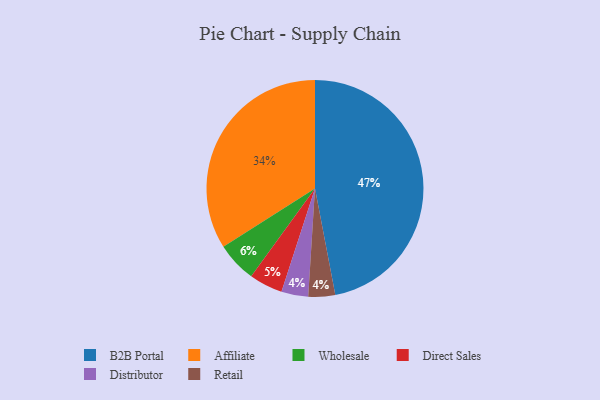
{"axis": {"x": "Category", "y": "Percentage"}, "legend": ["Affiliate", "B2B Portal", "Direct Sales", "Distributor", "Retail", "Wholesale"], "data": [{"x": "Wholesale", "y": 6, "type": "Wholesale"}, {"x": "Distributor", "y": 4, "type": "Distributor"}, {"x": "B2B Portal", "y": 47, "type": "B2B Portal"}, {"x": "Affiliate", "y": 34, "type": "Affiliate"}, {"x": "Direct Sales", "y": 5, "type": "Direct Sales"}, {"x": "Retail", "y": 4, "type": "Retail"}]}